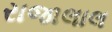
રાજાલાલ